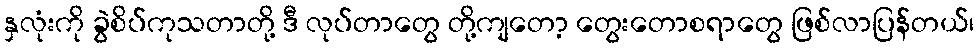
နှလုံးကို ခွဲစိပ်ကုသတာတို့ ဒီ လုပ်တာတွေ တို့ကျတော့ တွေးတောစရာတွေ ဖြစ်လာပြန်တယ်၊